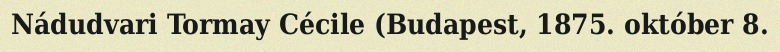
Nádudvari Tormay Cécile (Budapest, 1875. október 8.